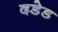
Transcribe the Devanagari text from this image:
दडेड